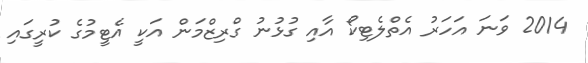
2014 ވަނަ އަހަރު އެތްލެޓިކޯ އާއި ގުޅުނު ގްރިޒްމަން އަކީ އެޓީމުގެ ކުރީގައި